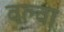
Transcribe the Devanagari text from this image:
वल्वा